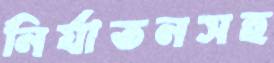
নির্যাতনসহ